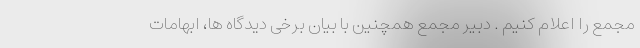
مجمع را اعلام کنیم . دبیر مجمع همچنین با بیان برخی دیدگاه ها، ابهامات